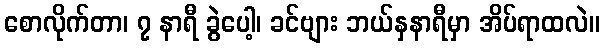
စောလိုက်တာ၊ ၇ နာရီ ခွဲပေါ့၊ ခင်ဗျား ဘယ်နှနာရီမှာ အိပ်ရာထလဲ။